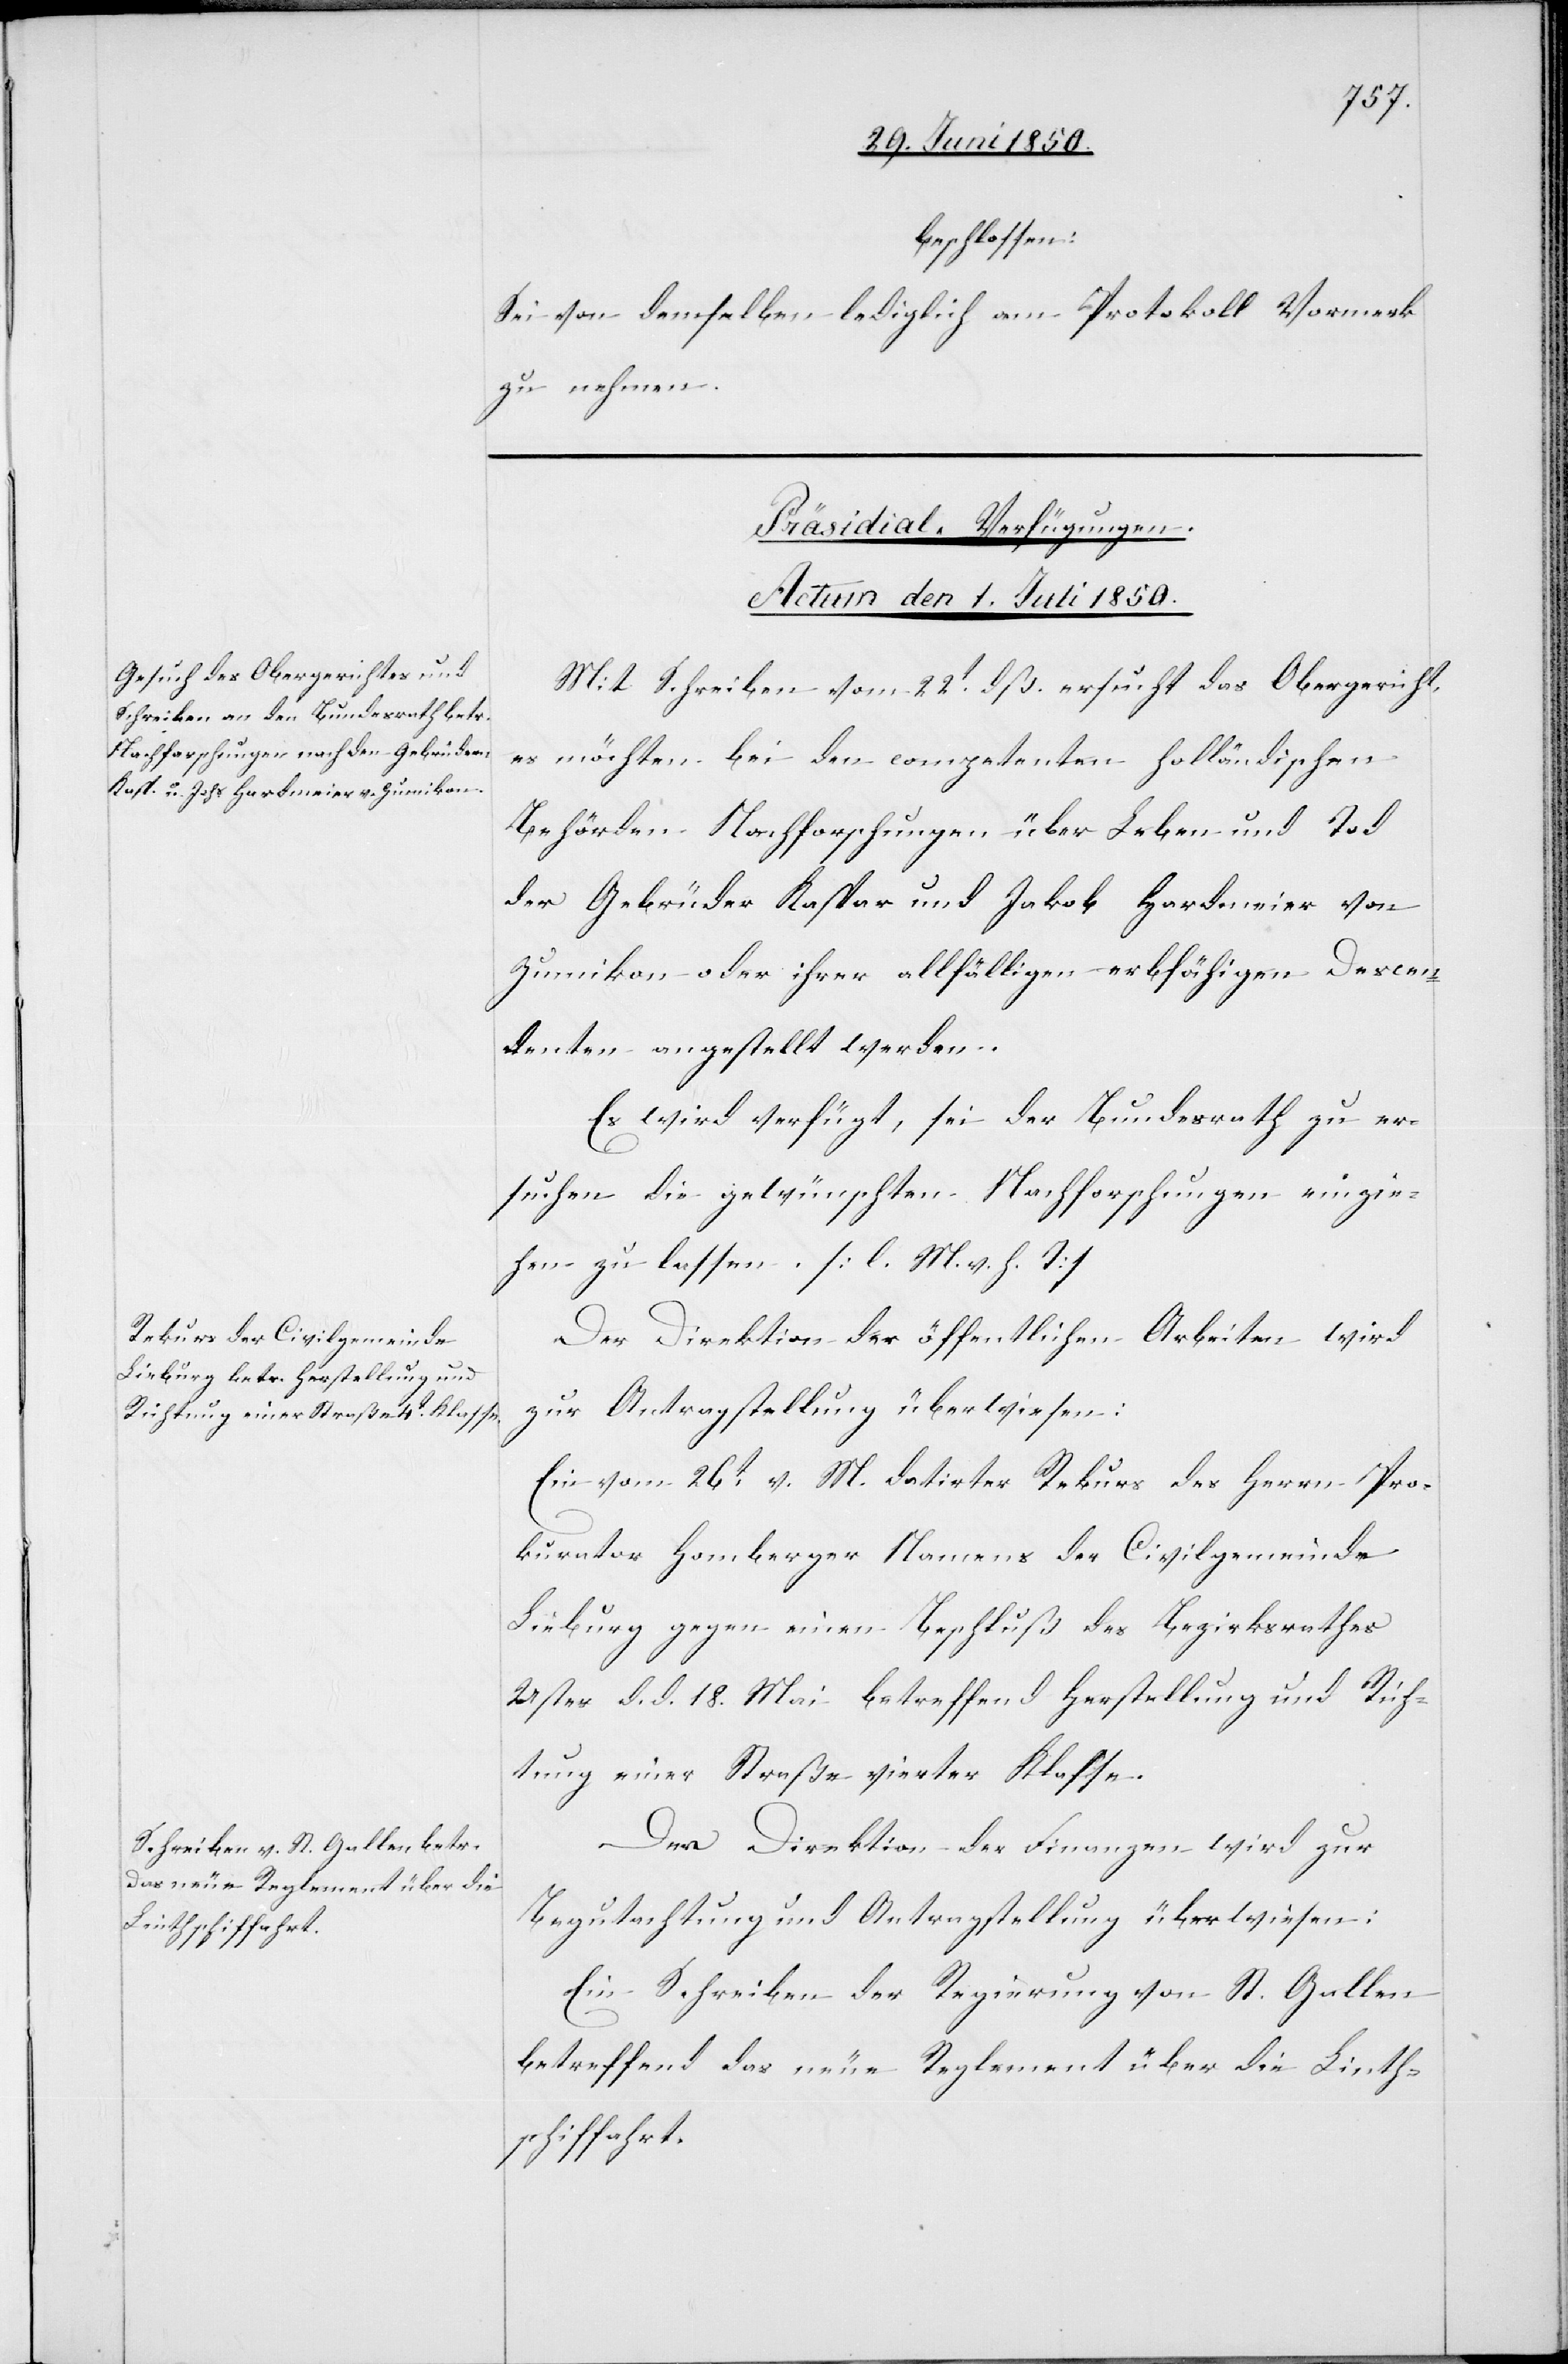
beschlossen:
Sei von demselben lediglich am Protokoll Vormerk
zu nehmen.
[Präsidial-Verfügungen.
Actum den 1. Juli 1850.]
Mit Schreiben vom 22t dß. ersucht das Obergericht,
es möchten bei den competenten holländischen
Behörden Nachforschungen über Leben und Tod
der Gebrüder Kaspar und Jakob [sic!] Hardmeier von
Zumikon oder ihrer allfälligen erbfähigen Descen¬
denten angestellt werden.
Es wird verfügt, sei der Bundesrath zu er¬
suchen die gewünschten Nachforschungen einzie¬
hen zu lassen. [l. M. v. h. T]
Der Direktion der öffentlichen Arbeiten wird
zur Antragstellung überwiesen:
Ein vom 26t v. M. datirter Rekurs des Herrn Pro¬
kurator Homberger Namens der Civilgemeinde
Lieburg gegen einen Beschluß des Bezirksrathes
Uster d. d. 18. Mai betreffend Herstellung und Rich¬
tung einer Straße vierter Klasse.
Der Direktion der Finanzen wird zur
Begutachtung und Antragstellung überwiesen:
Ein Schreiben der Regierung von St. Gallen
betreffend das neue Reglement über die Linth¬
schiffahrt.